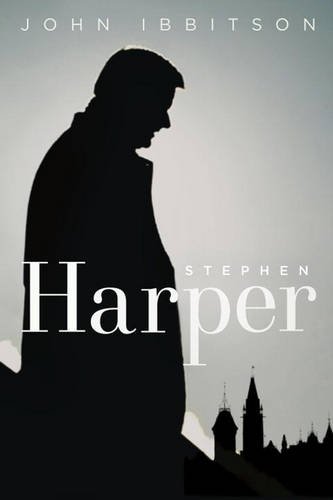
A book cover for Stephen Harper; John Ibbitson; Biographies & Memoirs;